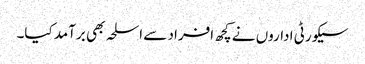
سیکورٹی اداروں نے کچھ افراد سے اسلحہ بھی برآمد کیا۔